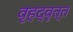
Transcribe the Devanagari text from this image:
वृहद्वृत्त